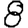
Digit: 8